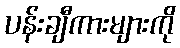
ပန်းချီကားများကို